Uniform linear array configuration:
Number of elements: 64
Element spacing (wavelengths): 1
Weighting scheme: hamming
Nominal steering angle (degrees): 30
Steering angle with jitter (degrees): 31.533
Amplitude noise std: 0.05
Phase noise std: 0.05

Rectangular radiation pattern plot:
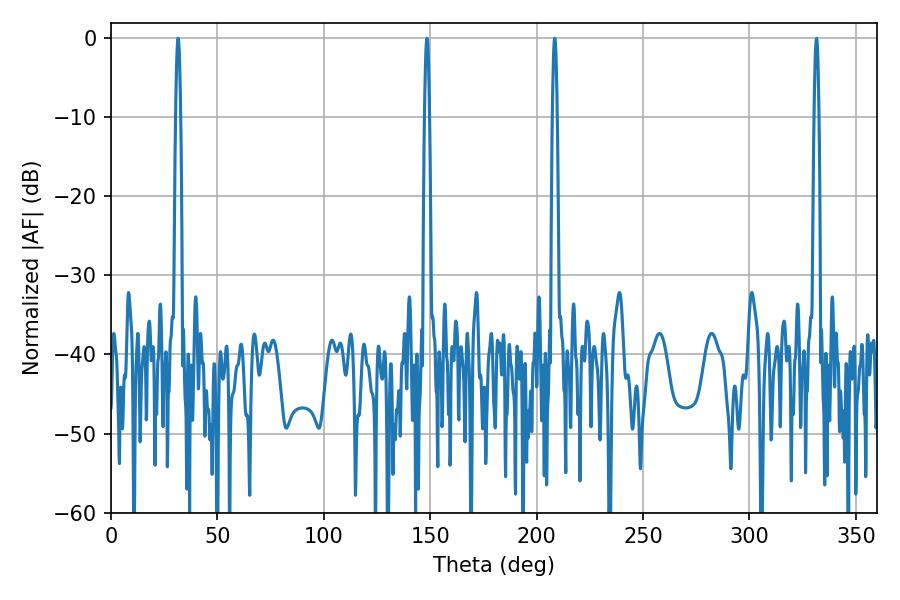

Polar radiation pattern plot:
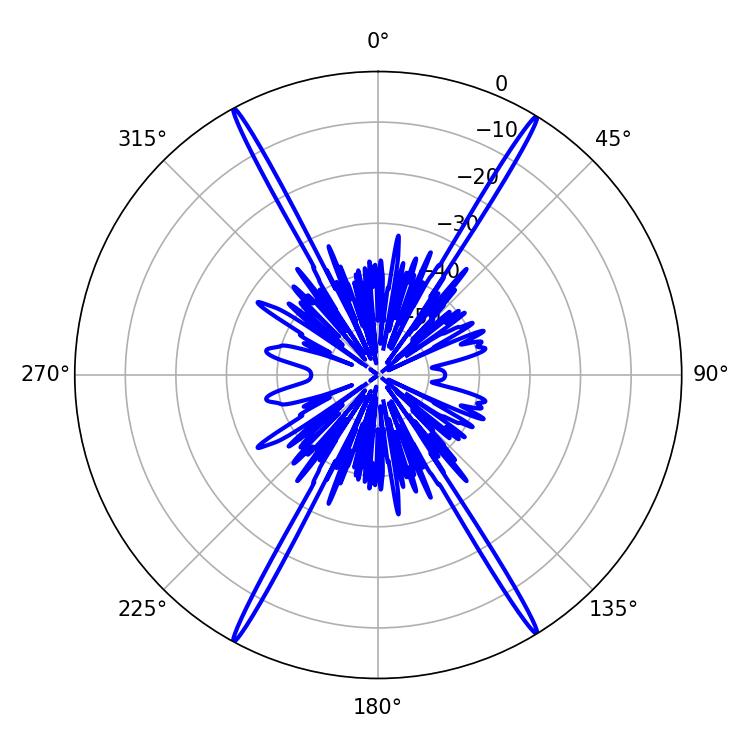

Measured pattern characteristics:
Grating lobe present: TRUE
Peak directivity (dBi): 28.235
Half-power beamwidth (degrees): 1.26
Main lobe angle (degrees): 148.5